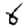
Digit: 6